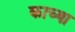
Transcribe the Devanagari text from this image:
काच्या